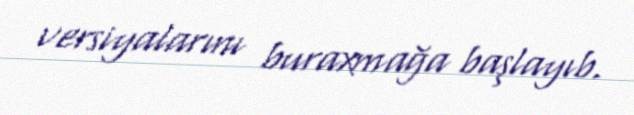
versiyalarını buraxmağa başlayıb.